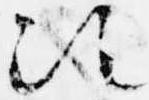
次